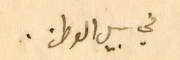
في سبيل الوطن.